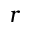
r